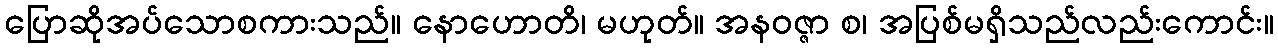
ပြောဆိုအပ်သောစကားသည်။ နောဟောတိ၊ မဟုတ်။ အနဝဇ္ဇာ စ၊ အပြစ်မရှိသည်လည်းကောင်း။